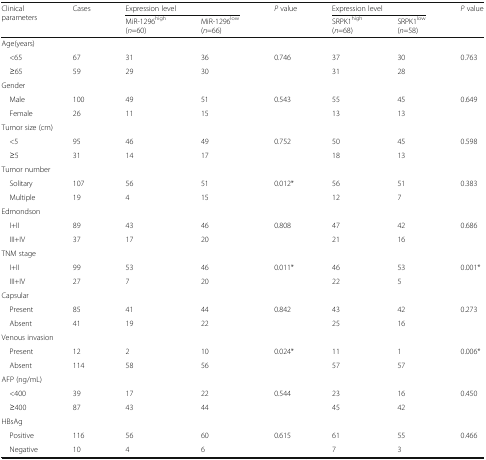
<table><thead><tr><td rowspan="2"><b>Clinical parameters</b></td><td rowspan="2"><b>Cases</b></td><td colspan="2"><b>Expression level</b></td><td rowspan="2"><b><i>P</i> value</b></td><td colspan="2"><b>Expression level</b></td><td rowspan="2"><b><i>P</i> value</b></td></tr><tr><td><b>MiR-1296<sup>high</sup>(<i>n</i>=60)</b></td><td><b>MiR-1296<sup>low</sup>(<i>n</i>=66)</b></td><td><b>SRPK1<sup>high</sup>(<i>n</i>=68)</b></td><td><b>SRPK1<sup>low</sup>(<i>n</i>=58)</b></td></tr></thead><tbody><tr><td colspan="8">Age(years)</td></tr><tr><td> &lt;65</td><td>67</td><td>31</td><td>36</td><td>0.746</td><td>37</td><td>30</td><td>0.763</td></tr><tr><td> ≥65</td><td>59</td><td>29</td><td>30</td><td></td><td>31</td><td>28</td><td></td></tr><tr><td colspan="8">Gender</td></tr><tr><td> Male</td><td>100</td><td>49</td><td>51</td><td>0.543</td><td>55</td><td>45</td><td>0.649</td></tr><tr><td> Female</td><td>26</td><td>11</td><td>15</td><td></td><td>13</td><td>13</td><td></td></tr><tr><td colspan="8">Tumor size (cm)</td></tr><tr><td> &lt;5</td><td>95</td><td>46</td><td>49</td><td>0.752</td><td>50</td><td>45</td><td>0.598</td></tr><tr><td> ≥5</td><td>31</td><td>14</td><td>17</td><td></td><td>18</td><td>13</td><td></td></tr><tr><td colspan="8">Tumor number</td></tr><tr><td> Solitary</td><td>107</td><td>56</td><td>51</td><td>0.012*</td><td>56</td><td>51</td><td>0.383</td></tr><tr><td> Multiple</td><td>19</td><td>4</td><td>15</td><td></td><td>12</td><td>7</td><td></td></tr><tr><td colspan="8">Edmondson</td></tr><tr><td> I+II</td><td>89</td><td>43</td><td>46</td><td>0.808</td><td>47</td><td>42</td><td>0.686</td></tr><tr><td> III+IV</td><td>37</td><td>17</td><td>20</td><td></td><td>21</td><td>16</td><td></td></tr><tr><td colspan="8">TNM stage</td></tr><tr><td> I+II</td><td>99</td><td>53</td><td>46</td><td>0.011*</td><td>46</td><td>53</td><td>0.001*</td></tr><tr><td> III+IV</td><td>27</td><td>7</td><td>20</td><td></td><td>22</td><td>5</td><td></td></tr><tr><td colspan="8">Capsular</td></tr><tr><td> Present</td><td>85</td><td>41</td><td>44</td><td>0.842</td><td>43</td><td>42</td><td>0.273</td></tr><tr><td> Absent</td><td>41</td><td>19</td><td>22</td><td></td><td>25</td><td>16</td><td></td></tr><tr><td colspan="8">Venous invasion</td></tr><tr><td> Present</td><td>12</td><td>2</td><td>10</td><td>0.024*</td><td>11</td><td>1</td><td>0.006*</td></tr><tr><td> Absent</td><td>114</td><td>58</td><td>56</td><td></td><td>57</td><td>57</td><td></td></tr><tr><td colspan="8">AFP (ng/mL)</td></tr><tr><td> &lt;400</td><td>39</td><td>17</td><td>22</td><td>0.544</td><td>23</td><td>16</td><td>0.450</td></tr><tr><td> ≥400</td><td>87</td><td>43</td><td>44</td><td></td><td>45</td><td>42</td><td></td></tr><tr><td colspan="8">HBsAg</td></tr><tr><td> Positive</td><td>116</td><td>56</td><td>60</td><td>0.615</td><td>61</td><td>55</td><td>0.466</td></tr><tr><td> Negative</td><td>10</td><td>4</td><td>6</td><td></td><td>7</td><td>3</td><td></td></tr></tbody></table>